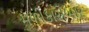
મળીકારોબાર